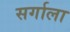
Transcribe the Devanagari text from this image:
सर्गाला